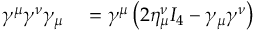
\begin{array} { r l } { \gamma ^ { \mu } \gamma ^ { \nu } \gamma _ { \mu } } & { { } = \gamma ^ { \mu } \left( 2 \eta _ { \mu } ^ { \nu } I _ { 4 } - \gamma _ { \mu } \gamma ^ { \nu } \right) } \end{array}